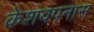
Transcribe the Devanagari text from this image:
केशवपनास